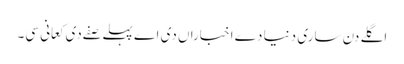
اگلے دن ساری دنیا دے اخباراں دی اے پہلے صفے دی کعانی سی۔